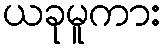
ယခုမူကား